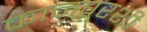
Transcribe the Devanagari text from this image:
कानपूरशी